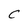
Character: C